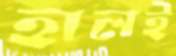
হালই